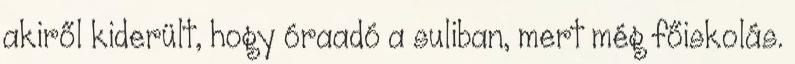
akiről kiderült, hogy óraadó a suliban, mert még főiskolás.